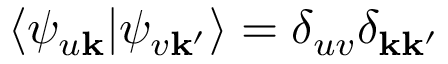
\langle \psi _ { u \mathbf { k } } | \psi _ { v \mathbf { k ^ { \prime } } } \rangle = \delta _ { u v } \delta _ { \mathbf { k } \mathbf { k ^ { \prime } } }